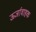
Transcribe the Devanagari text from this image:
ऊर्जावाहक